Vaccination United Provinces of Agra and Oudh 1914-1922 - 1914-1922
Year: 1914
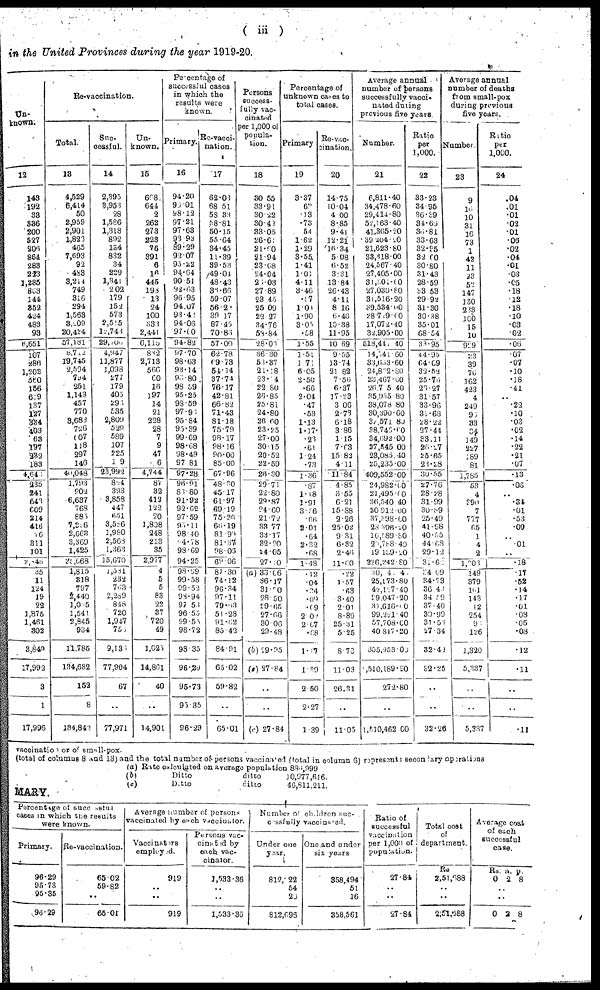
( iii )
in the United Provinces during the year 1919-20.
Un-
known.
12
149
192
33
336
200
527
206
864
283
223
1,285
863
144
352
424
483
93
6,651
107
286
1,202
560
156
619
137
127
334
403
63
197
232
183
4,645
235
241
643
609
214
416
76
311
101
2,846
35
11
124
19
22
1,875
1,461
302
3,849
17,992
3
1
17,996
Re-vaccination.
Total.
13
4,529
6,414
50
2,959
2,901
1,823
465
7,693
92
483
3,214
749
316
294
1,563
3,209
20,424
57,181
8,712
19,745
2,584
794
251
1,143
457
770
3,683
726
607
118
297
146
40,048
1,793
902
6,637
768
885
7,226
2,663
3,369
1,425
25,668
1,815
318
797
2,440
1,025
1,541
2,845
934
11,785
134,682
152
8
184,842
Suc-
cessful.
14
2,395
3,953
28
1,586
1,318
892
134
832
34
229
1,341
202
179
152
573
2,515
12,743
29,706
4,947
11,877
1,098
277
179
405
293
535
2,809
529
589
107
225
119
23,992
824
393
3,858
447
651
3,586
1,980
2,568
1,363
15,670
1,581
232
763
2,289
848
720
1,947
756
9,136
77,904
67
..
77,971
Un-
known.
15
668,
644
2
262
273
223
76
391
6
16
445
198
13
24
100
333
2,441
6,115
832
2,713
566
60
16
197
14
21
228
28
7
9
47
6
4,744
87
32
412
122
20
1,808
248
213
35
2,977
4
5
5
83
22
37
720
49
1,026
14,861
40
..
14,901
Percentage of
successful cases
in which the
results were
known.
Primary.
16
94.20
96.01
98.12
97.21
97.63
93.93
89.29
92.07
95.22
94.64
90.51
92.63
96.95
94.07
93.42
94.06
97.00
94.82
97.70
98.63
93.14
96.80
98.59
95.25
98.59
97.93
95.84
95.39
99.69
98.68
98.49
97.81
97.28
96.91
83.80
91.92
92.62
97.59
93.11
98.40
94.78
98.69
94.25
98.99
99.58
99.52
98.94
97.53
96.55
99.55
98.72
98.35
96.29
95.73
95.35
96.29
Re-vacci-
nation.
17
62.03
68.51
58.33
58.81
50.15
55.64
34.45
11.39
39.53
49.04
48.43
36.66
59.07
56.21
39.17
87.45
70.86
57.00
62.78
69.73
54.14
37.74
76.17
42.81
66.82
71.43
81.18
75.79
98.17
98.16
90.00
85.00
67.96
48.30
45.17
61.97
69.19
75.26
66.19
81.90
81.37
98.06
69.06
87.30
74.12
96.34
97.11
79.03
51.28
91.62
85.42
84.91
65.02
59.82
..
65.01
Persons
success-
fully vac-
cinated
per 1,000 of
popula-
tion.
18
30.55
33.91
30.22
30.42
33.05
26.61
21.60
21.94
23.68
24.04
26.03
27.89
23.45
25.09
22.27
34.76
58.84
28.03
36.30
58.37
21.18
23.14
22.80
26.85
25.81
24.80
26.60
23.25
27.00
30.15
20.52
22.59
26.30
29.71
22.80
29.87
24.60
21.72
33.77
33.17
32.20
24.05
27.30
(a) 33.06
36.17
31.50
28.50
29.65
27.66
30.06
29.48
(b) 29.95
(c) 27.84
..
..
(c) 27.84
Percentage of
unknown cases to
total cases.
Primary
19
3.37
62
.13
.73
.54
1.62
1.29
3.55
1.41
1.01
4.11
3.46
.57
1.04
1.90
3.05
.58
1.55
1.51
1.71
6.05
2.50
.66
2.04
.47
.53
1.13
1.17
.23
.61
1.24
.73
1.36
.87
1.18
1.91
3.36
.66
2.01
.64
2.32
.68
1.48
.12
.04
.24
.09
.09
2.02
2.67
.68
1.17
1.39
2.50
2.27
1.39
Re-vac-
cination.
20
14.75
10.04
4.00
8.85
9.41
12.21
16.34
5.08
6.52
3.31
13.84
26.43
4.11
8.16
6.40
10.38
11.95
10.69
9.55
13.74
21.82
7.56
6.37
17.23
3.06
2.73
6.18
3.86
1.15
7.63
15.82
4.11
11.84
4.85
3.55
6.21
15.88
2.26
25.02
9.31
6.32
2.46
11.60
.22
1.57
.63
3.40
2.01
8.89
25.31
5.25
8.70
11.03
26.31
..
11.05
Average annual
number of persons
successfully vacci-
nated during
previous five years.
Number.
21
6,811.40
34,478.60
29,414.80
52,163.40
41,365.20
39,204.20
21,623.80
33,318.00
24,567.40
27,405.00
31,301.00
27,030.80
31,516.20
39,534.00
28,729.00
17,072.40
32,905.00
518,441.40
14,341.60
33,663.60
24,862.80
23,467.60
26,715.40
35,955.80
38,078.80
30,390.60
32,571.80
38,746.60
34,692.00
27,545.00
23,085.40
25,235.00
409,552.00
24,982.00
21,495.00
36,540.40
20,912.00
37,398.00
28,396.20
16,589.80
20,788.40
19,139.20
226,242.80
30,141. 48
25,173.80
42,127.40
29,047.20
31,616.10
99,221.40
57,708.00
40,817.20
355.953.00
510,189.20
272.80
..
1,510,462.00
Ratio
per
1,000.
22
33.23
34.95
36.39
34.66
36.81
33.63
32.85
32.60
30.80
31.43
28.59
33.53
29.92
31.30
30.38
35.01
68.54
33.95
44.95
64.09
32.52
25.76
26.27
31.57
33.96
31.68
28.22
27.44
33.11
26.27
25.65
23.28
30.55
27.76
28.28
31.99
30.89
25.49
41.98
40.55
44.68
29.12
31.62
34.69
34.73
36.43
34.59
37.40
30.99
31.53
27.34
32.40
32.25
..
..
32.26
Average annual
number of deaths
from small-pox
during previous
five years.
Number.
23
9
16
10
31
16
73
1
42
11
23
52
147
130
233
100
15
10
929
23
39
76
162
423
4
249
96
33
34
149
227
189
81
1,785
53
4
390
7
777
65
1
4
2
1,203
149
379
161
143
12
254
96
126
1,320
5,337
..
..
5,337
Ratio
per
1,000.
24
.04
.01
.01
.02
.01
.06
.02
.04
.01
.03
.05
.18
.12
.18
.10
.03
.02
.06
.07
.07
.10
.18
.41
..
.22
.10
.03
.02
.14
.22
.21
.07
.13 .06
..
.34
.01
.53
.09
..
.01
.. .18
.17
.52
.14
.17
.01
.08
.05
.08
.12
.11
..
..
.11
vaccination or of small-pox.
(total of columns 8 and 13) and the total number of persons vaccinated (total in column 6) represents secondary operations
(a)
(b)
(c)
Rate calculated on average population 886,999
Ditto
ditto
Ditto ditto
10,977,616.
46,811,211.
MARY.
Percentage of successful
cases in which the results
were known.
Primary.
96.29
95.73
95.35
96.29
Re-vaccination.
65.02
59.82
..
65.01
Average number of persons
vaccinated by each vaccinator.
Vaccinators
employed.
919
..
..
919
Persons vac-
cinated by
each vac-
cinator.
1,533.36
..
..
1,533.36
Number of children suc-
cessfully Vaccinated.
Under one
year.
812,722
54
20
812,696
One and under
six years
358,494
51
16
358,561
Ratio of
successful
vaccination
per 1,000 of
population.
27.84
..
..
27.84
Total cost
of
department.
Rs
2,51,688
..
..
2,51,688
Average cost
of each
successful
case.
Rs.
0
a.
2
p.
8
..
..
0 2 8